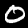
Digit: 0